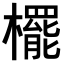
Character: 𣞻